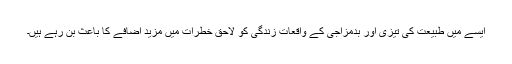
ایسے میں طبیعت کی تیزی اور بدمزاجی کے واقعات زندگی کو لاحق خطرات میں مزید اضافے کا باعث بن رہے ہیں۔